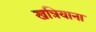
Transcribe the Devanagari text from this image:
खत्रियाना